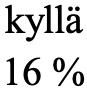
kyllä 16 %